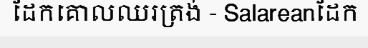
ដែកគោលឈរត្រង់ - Salareanដែក